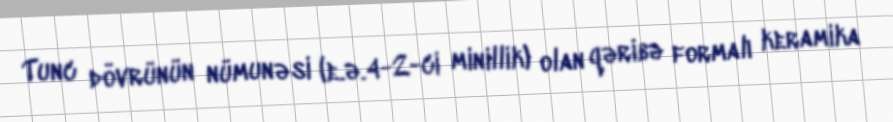
Tunc dövrünün nümunəsi (e.ə.4-2-ci minillik) olan qəribə formalı keramika